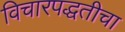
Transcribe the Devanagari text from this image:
विचारपद्धतीचा